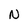
Character: N